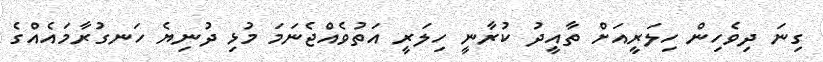
ގިނަ ދިވެހިން ހިލަރީއަށް ތާއީދު ކުރާނީ ހިލަރީ އަތުވެއްޖެނަމަ މުޅި ދުނިޔެ ހަނގުރާމައެއްގެ